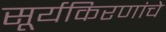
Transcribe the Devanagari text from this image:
सूर्यकिरणांचे